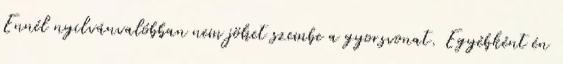
Ennél nyilvánvalóbban nem jöhet szembe a gyorsvonat. Egyébként én